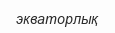
экваторлық